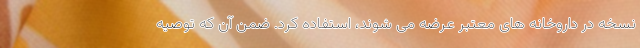
نسخه در داروخانه های معتبر عرضه می شوند، استفاده کرد. ضمن آن که توصیه